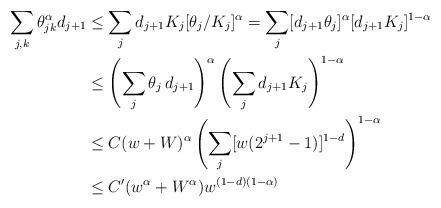
LaTeX: \begin{align*}\sum_{j,k}\theta_{jk}^\alpha d_{j+1}&\leq\sum_j d_{j+1} K_j [\theta_j/K_j]^\alpha=\sum_j [d_{j+1}\theta_j ]^\alpha [d_{j+1}K_j]^{1-\alpha}\\&\leq \left(\sum_j \theta_{j}\,d_{j+1}\right)^\alpha \left(\sum_{j} d_{j+1} K_j\right)^{1-\alpha}\\&\leq C(w+W)^\alpha \left(\sum_{j} [w(2^{j+1}-1)]^{1-d}\right)^{1-\alpha}\\&\leq C' (w^\alpha+W^\alpha) w^{(1-d)(1-\alpha)}\end{align*}